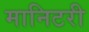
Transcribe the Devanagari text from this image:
मानिटरी